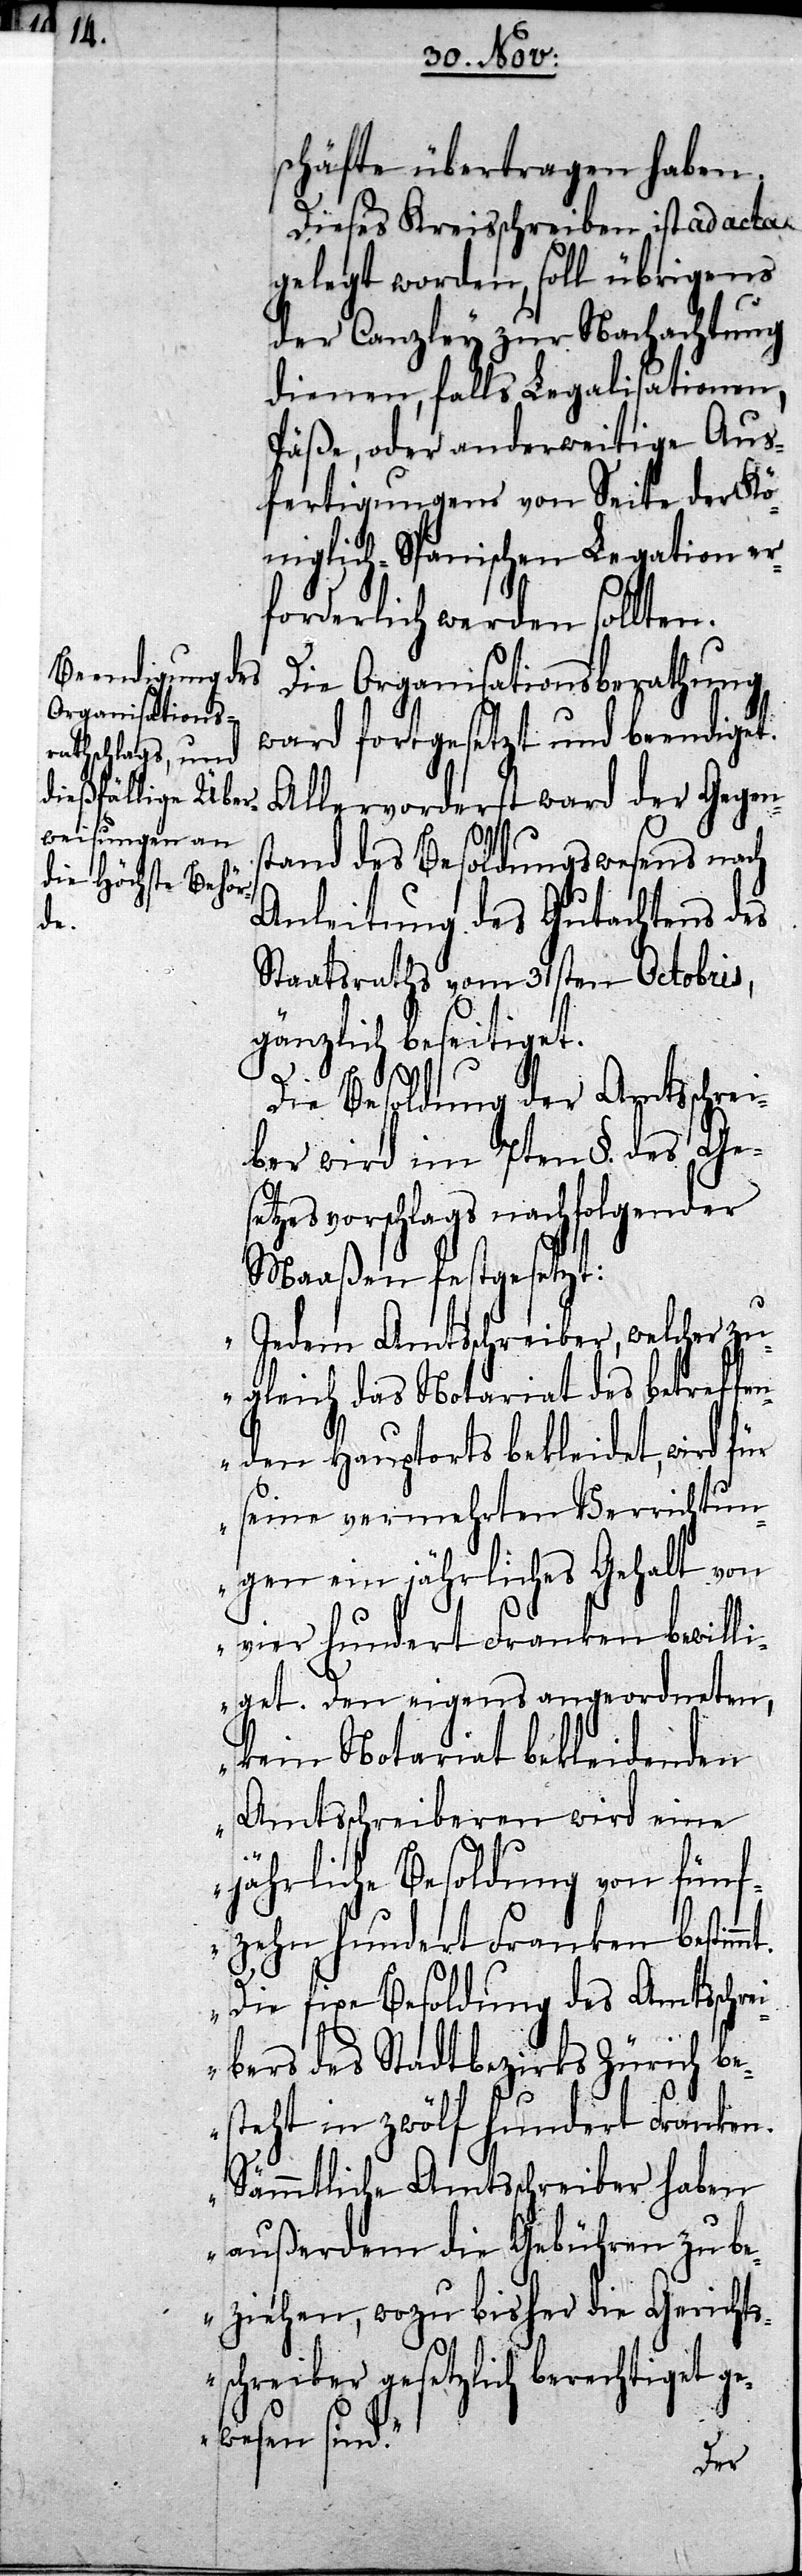
schäfte übertragen haben.
Dieses Kreisschreiben ist ad acta
gelegt worden, soll übrigens
der Canzley zur Nachachtung
dienen, falls Legalisationen,
Päße, oder anderweitige Aus¬
fertigungen von Seite der Kö¬
niglich-Spanischen Legation er¬
forderlich werden sollten.
Die Organisationsberathung
ward fortgesetzt und beendiget.
Allervorderst ward der Gegen¬
stand des Besoldungswesens nach
Anleitung des Gutachtens des
Staatsraths vom 31sten Octobris,
gänzlich beseitiget.
Die Besoldung der Amtsschrei¬
ber wird im 7ten §. des Ge¬
setzesvorschlags nachfolgender
mt.
Maaßen festgesetzt:
„Jedem Amtsschreiber, welcher zu¬
gleich das Notariat des betreffen¬
den Hauptorts bekleidet, wird für
seine vermehrten Verrichtun¬
gen ein jährliches Gehalt von
vier hundert Franken bewilli¬
get. Den eigens angeordneten,
kein Notariat bekleidenden
Amtsschreiberen wird eine
jährliche Besoldung von fünf¬
zehn hundert Franken bestim¬
Die fixe Besoldung des Amtsschr¬
eibers des Stadtbezirks Zürich be¬
steht in zwölf hundert Franken.
Sämmtliche Amtsschreiber haben
außerdem die Gebühren zu b¬
eziehen, wozu bisher die Gerichts¬
schreiber gesetzlich berechtiget ge¬
wesen sind.“